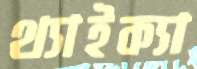
থ্যাইক্যা